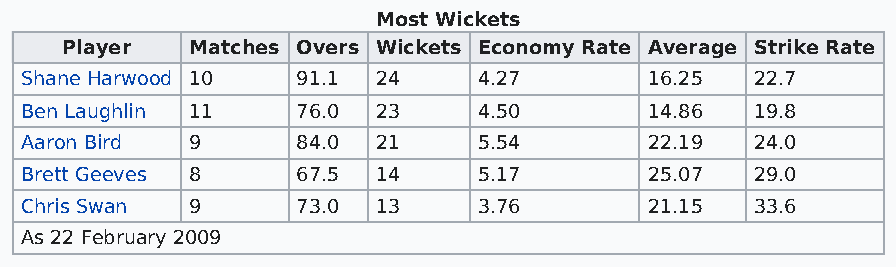
Most Wickets
 Player   Matches Overs Wickets Economy Rate Average Strike Rate
 Shane Harwood 10   91.1 24     4.27       16.25  22.7
 Ben Laughlin 11    76.0 23     4.50       14.86  19.8
 Aaron Bird  9      84.0 21     5.54       22.19  24.0
 Brett Geeves 8     67.5 14     5.17       25.07  29.0
 Chris Swan  9      73.0 13     3.76       21.15  33.6
 As 22 February 2009